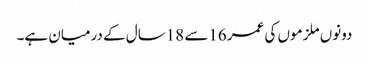
دونوں ملزموں کی عمر 16سے 18سال کے درمیان ہے۔